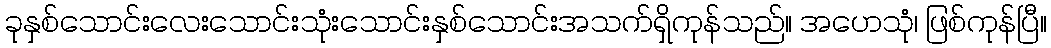
ခုနှစ်သောင်းလေးသောင်းသုံးသောင်းနှစ်သောင်းအသက်ရှိကုန်သည်။ အဟေသုံ၊ ဖြစ်ကုန်ပြီ။